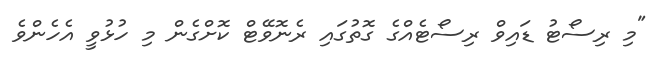
"މި ރިސޯޓު ޑައިވް ރިސޯޓެއްގެ ގޮތުގައި ރެނޮވޭޓް ކޮށްގެން މި ހުޅުވީ އެހެންވެ